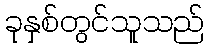
ခုနှစ်တွင်သူသည်